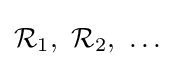
{\mathcal {R}}_{1},\ {\mathcal {R}}_{2},\ \ldots